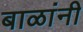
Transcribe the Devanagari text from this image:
बाळांनी